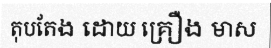
តុបតែង ដោយ គ្រឿង មាស